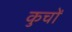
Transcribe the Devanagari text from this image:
कुचों